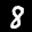
Label: 8